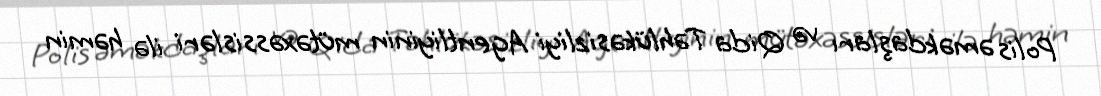
Polis əməkdaşları və Qida Təhlükəsizliyi Agentliyinin mütəxəssisləri ilə həmin